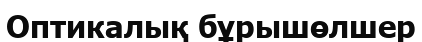
Оптикалық бұрышөлшер